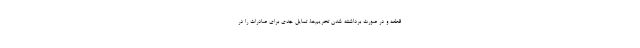
قطعه و در صورت برداشته شدن تحریم‌ها، تمایل جدی برای صادرات را در